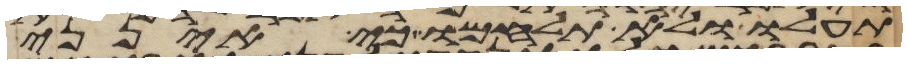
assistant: תעלו ולא תלחמו כי אינני